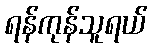
ရန်ကုန်သူရယ်